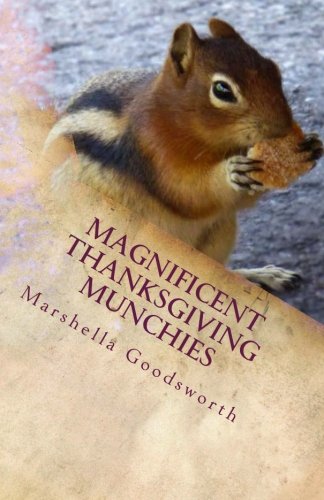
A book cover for Magnificent Thanksgiving Munchies; Marshella Goodsworth; Cookbooks, Food & Wine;